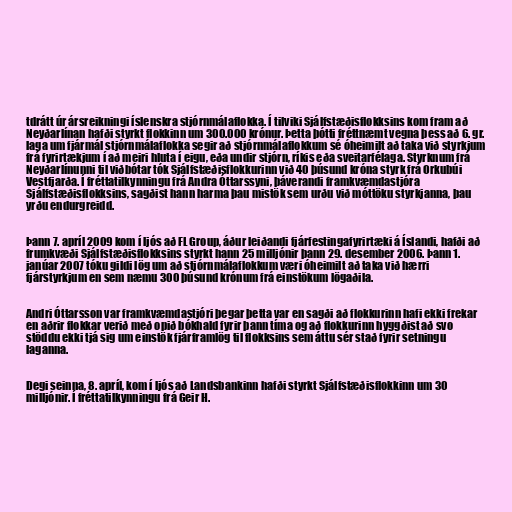
tdrátt úr ársreikningi íslenskra stjórnmálaflokka. Í tilviki Sjálfstæðisflokksins kom fram að
Neyðarlínan hafði styrkt flokkinn um 300.000 krónur. Þetta þótti fréttnæmt vegna þess að 6. gr.
laga um fjármál stjórnmálaflokka segir að stjórnmálaflokkum sé óheimilt að taka við styrkjum
frá fyrirtækjum í að meiri hluta í eigu, eða undir stjórn, ríkis eða sveitarfélaga. Styrknum frá
Neyðarlínunni til viðbótar tók Sjálfstæðisflokkurinn við 40 þúsund króna styrk frá Orkubúi
Vestfjarða. Í fréttatilkynningu frá Andra Óttarssyni, þáverandi framkvæmdastjóra
Sjálfstæðisflokksins, sagðist hann harma þau mistök sem urðu við móttöku styrkjanna, þau
yrðu endurgreidd.

Þann 7. apríl 2009 kom í ljós að FL Group, áður leiðandi fjárfestingafyrirtæki á Íslandi, hafði að
frumkvæði Sjálfstæðisflokksins styrkt hann 25 milljónir þann 29. desember 2006. Þann 1.
janúar 2007 tóku gildi lög um að stjórnmálaflokkum væri óheimilt að taka við hærri
fjárstyrkjum en sem næmu 300 þúsund krónum frá einstökum lögaðila.

Andri Óttarsson var framkvæmdastjóri þegar þetta var en sagði að flokkurinn hafi ekki frekar
en aðrir flokkar verið með opið bókhald fyrir þann tíma og að flokkurinn hyggðist að svo
stöddu ekki tjá sig um einstök fjárframlög til flokksins sem áttu sér stað fyrir setningu
laganna.

Degi seinna, 8. apríl, kom í ljós að Landsbankinn hafði styrkt Sjálfstæðisflokkinn um 30
milljónir. Í fréttatilkynningu frá Geir H.